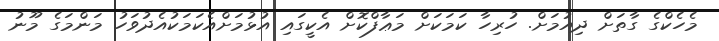
މެހެކްގެ ގާތަށް ދިއުމަށް. ހުރިހާ ކަމަކަށް މަޢާފްކޮށް އެކީގައި އުޅުމަށްއެކަމަކުއެދުވަހު މަންމަގެ މޫނު